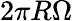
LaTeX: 2\pi R\Omega